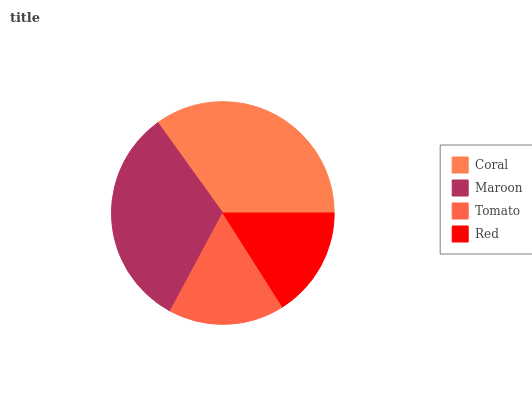
| Coral | Maroon | Tomato | Red |
 | --- | --- | --- | --- |
 | 34.9% | 32.3% | 16.9% | 15.9% |